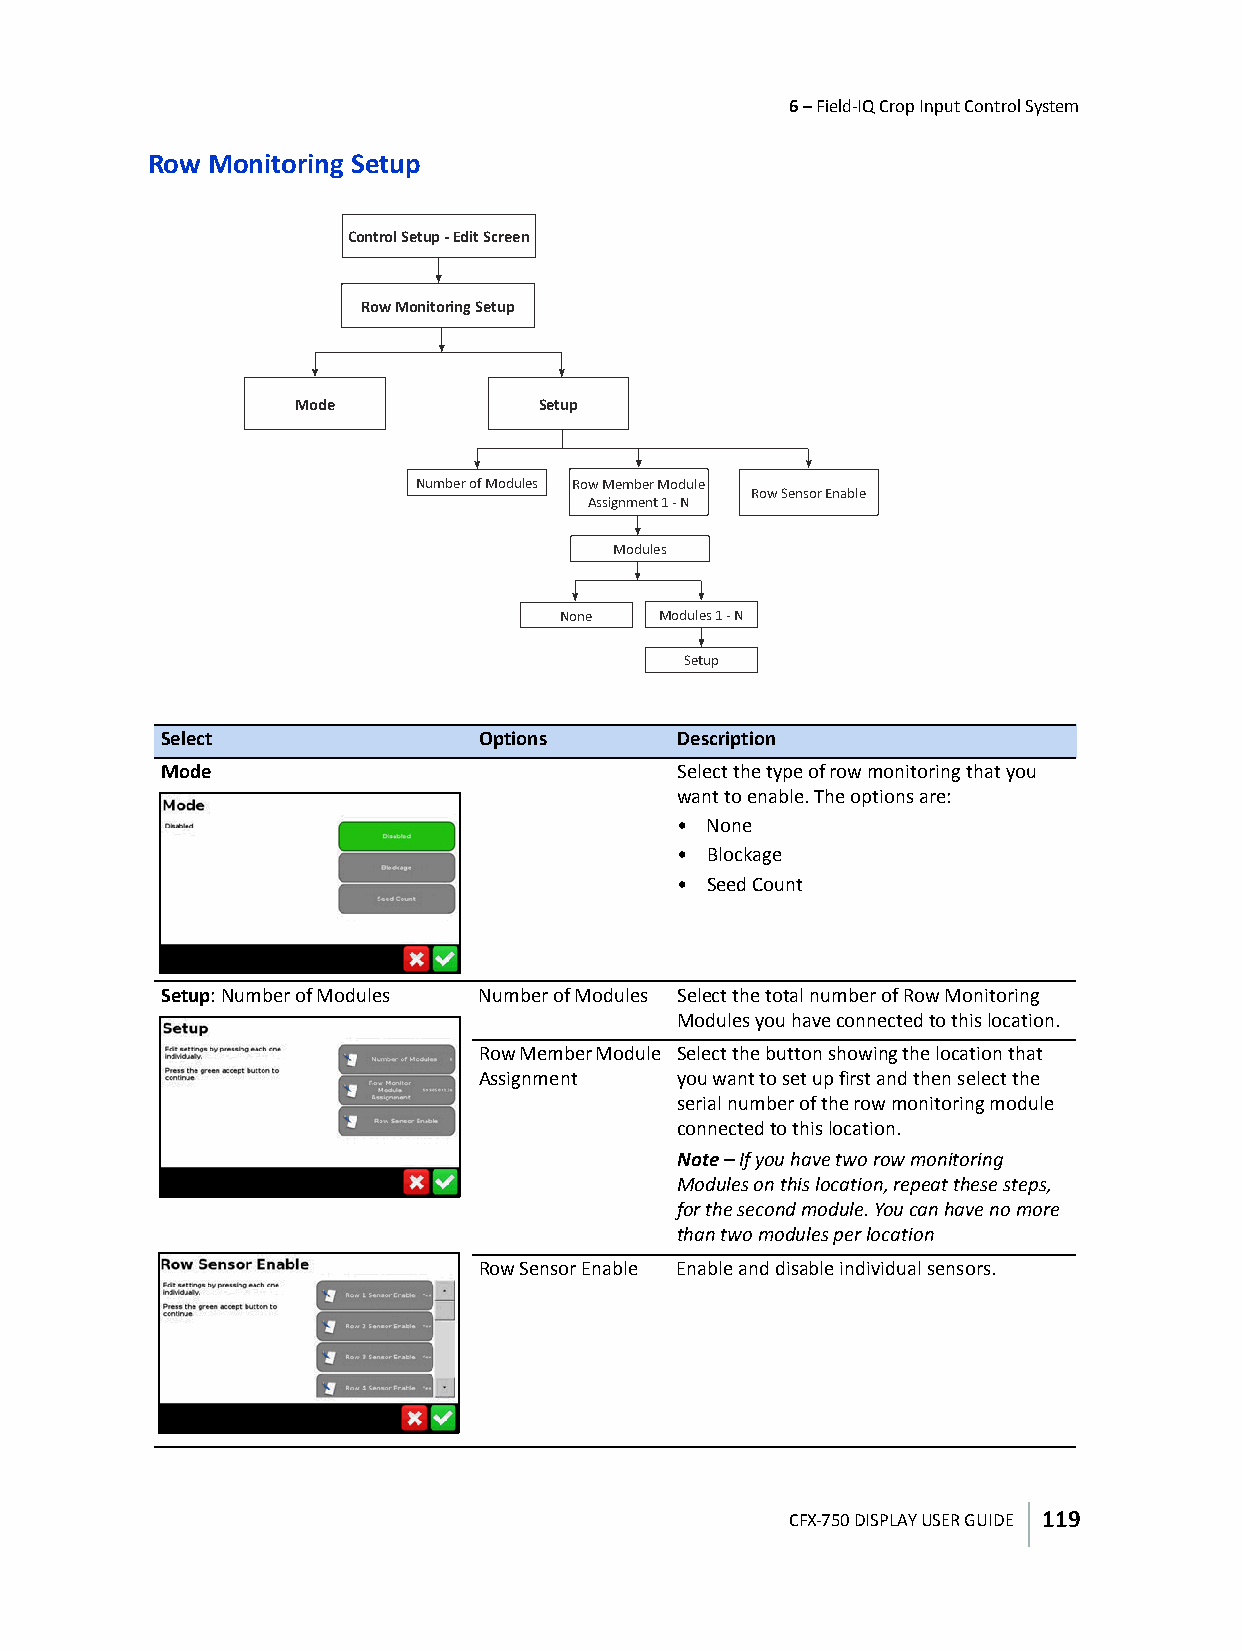
6 – Field-IQ Crop Input Control System
 Row Monitoring Setup
 Control Setup - Edit Screen
 Row Monitoring Setup
 Mode            Setup
 Number of Modules Row Member Module
 Row Sensor Enable
 Assignment 1 - N
 Modules
 None   Modules 1 - N
 Setup
 Select               Options      Description
 Mode                              Select the type of row monitoring that you
 want to enable. The options are:
 • None
 • Blockage
 • Seed Count
 Setup: Number of Modules Number of Modules Select the total number of Row Monitoring
 Modules you have connected to this location.
 Row Member Module Select the button showing the location that
 Assignment   you want to set up first and then select the
 serial number of the row monitoring module
 connected to this location.
 Note – If you have two row monitoring
 Modules on this location, repeat these steps,
 for the second module. You can have no more
 than two modules per location
 Row Sensor Enable Enable and disable individual sensors.
 CFX-750 DISPLAY USER GUIDE 119